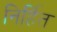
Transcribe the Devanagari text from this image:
निर्हित